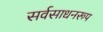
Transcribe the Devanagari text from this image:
सर्वसाधनरूप